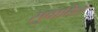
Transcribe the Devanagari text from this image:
सुवातित